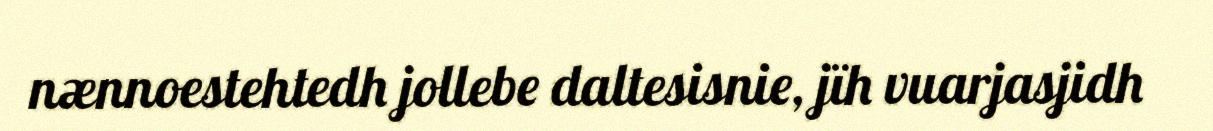
nænnoestehtedh jollebe daltesisnie, jïh vuarjasjidh